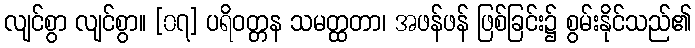
လျင်စွာ လျင်စွာ။ [၀၇] ပရိဝတ္တန သမတ္ထတာ၊ အဖန်ဖန် ဖြစ်ခြင်း၌ စွမ်းနိုင်သည်၏